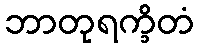
ဘာတုရက္ခိတံ